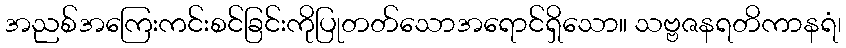
အညစ်အကြေးကင်းစင်ခြင်းကိုပြုတတ်သောအရောင်ရှိသော။ သဗ္ဗဇနရတိကာနရံ၊